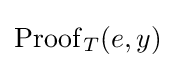
\operatorname {Proof} _{T}(e,y)